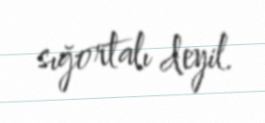
sığortalı deyil.